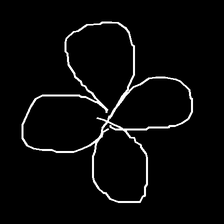
Glyph: billowing